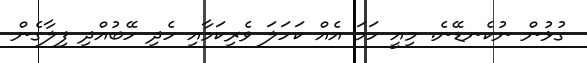
ގުޅުން ނުކެނޑޭނެ. މިއީ ހަމަ އެއް ކަހަލަ ވެރިކަމާއި ހެދި ހޭބުއްދި ފިލާގެން